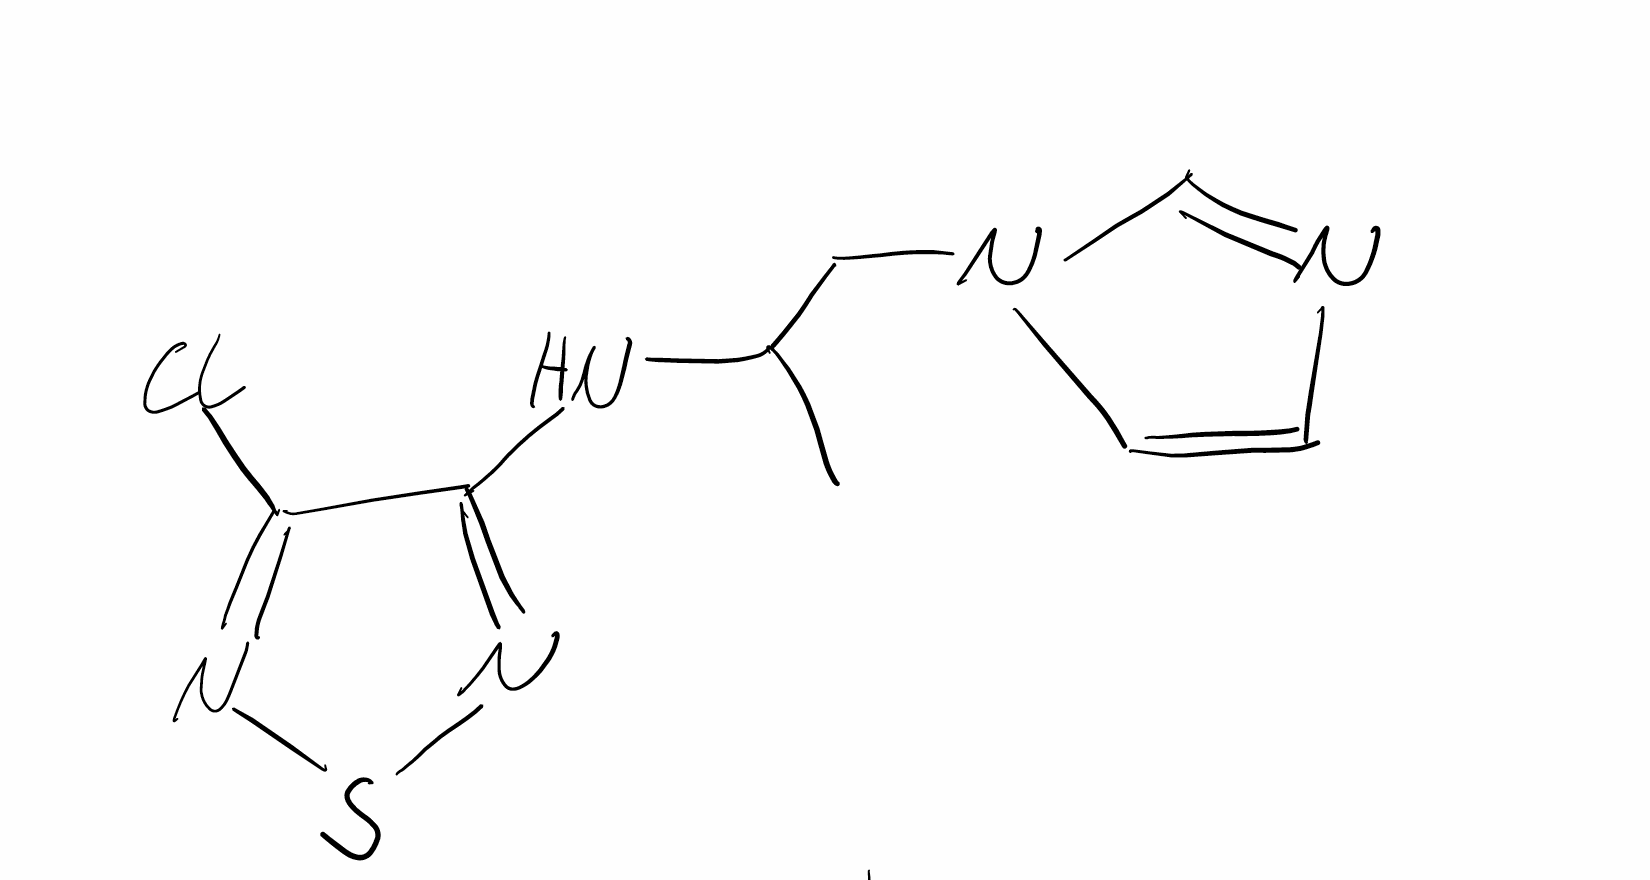
Simplified molecular-input line-entry system (SMILES) notation of the given molecule:
CC(CN1C=CN=C1)NC2=NSN=C2Cl